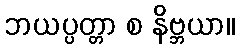
ဘယပ္ပတ္တာ စ နိဗ္ဘယာ။